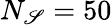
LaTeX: N_{\mathscr{S}}=50